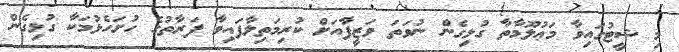
މި ޝީޓުގައިވާ މަޢުލޫމާތާ ގުޅިގެން ނުވަތަ ވަޒީފާއަށް ކުރިމަތިލާފައިވާ ފަރާތުގެ ހުށަހެޅުމަކާ ގުޅިގެން